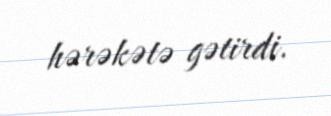
hərəkətə gətirdi.